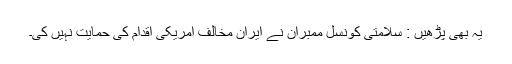
یہ بھی پڑھیں : سلامتی کونسل ممبران نے ایران مخالف امریکی اقدام کی حمایت نہیں کی۔